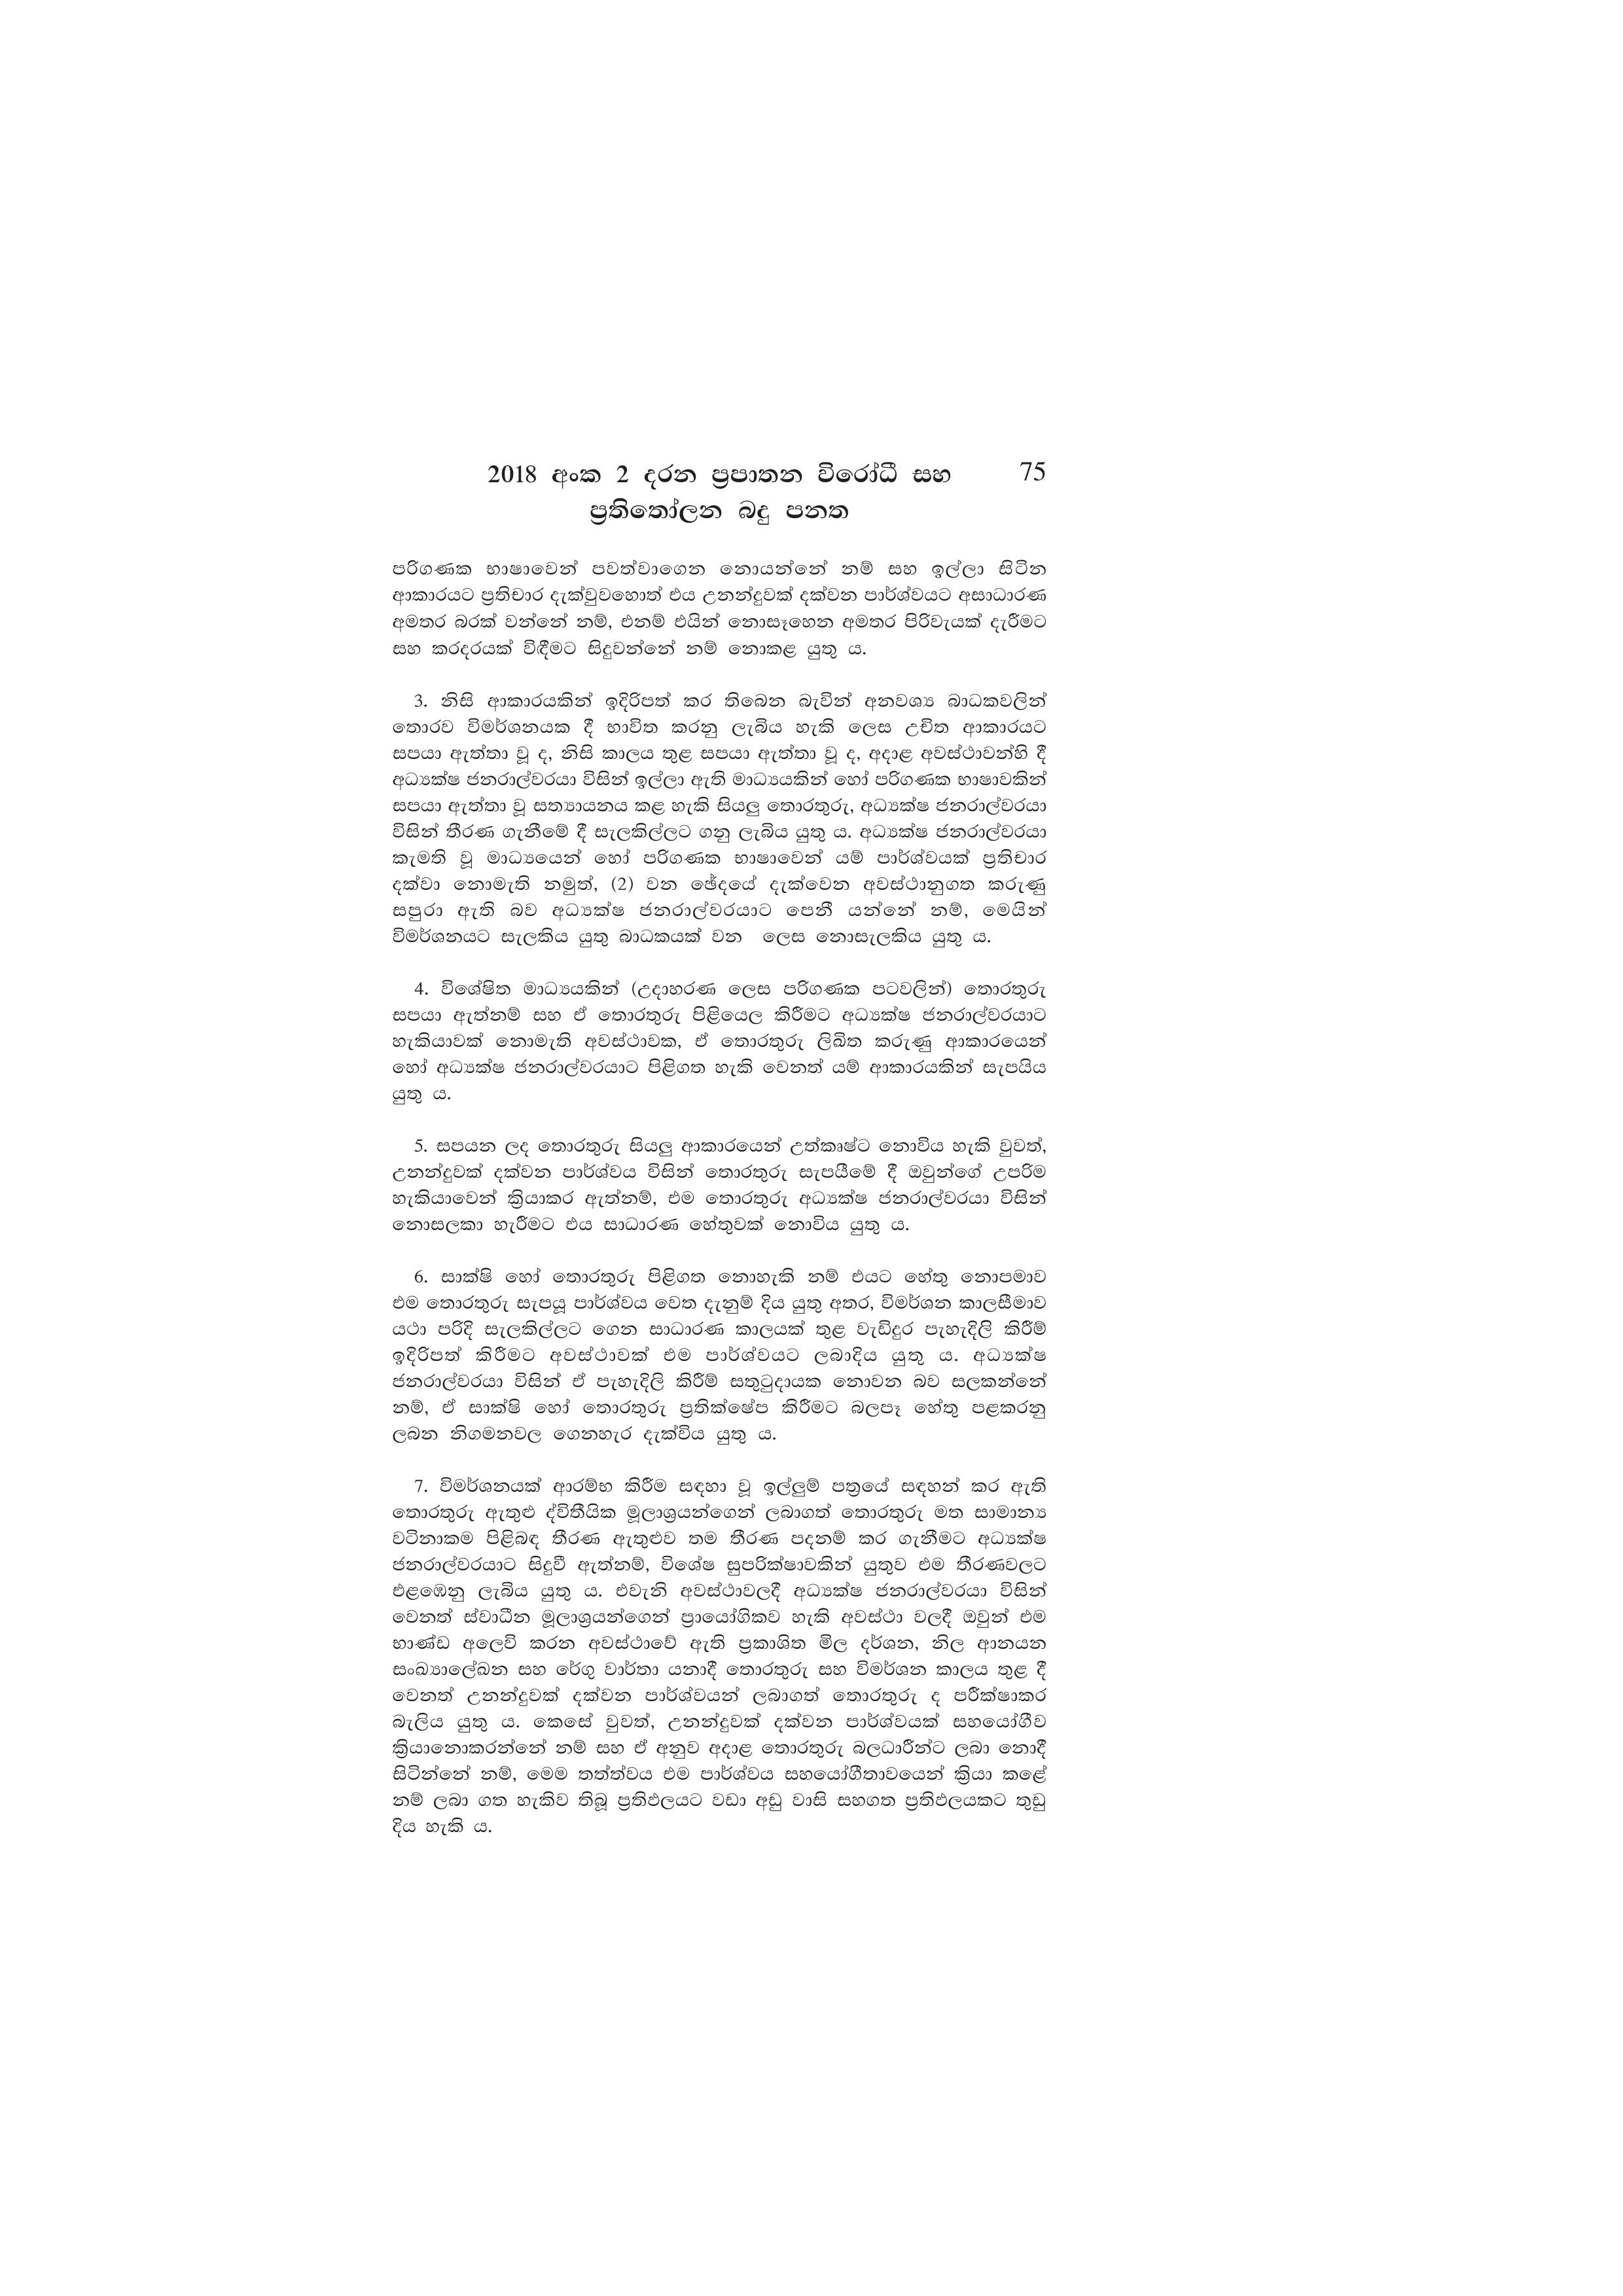
2018 අංක 2 දරන ප්‍රපාතන විරෝධී සහ 75
ප්‍රතිතෝලන බදු පනත

පරිගණක භාෂාවෙන් පවත්වාගෙන නොයන්නේ නම් සහ ඉල්ලා සිටින
ආකාරයට ප්‍රතිචාර දැක්වුවහොත් එය උනන්දුවක් දක්වන පාර්ශ්වයට අසාධාරණ
අමතර බරක් වන්නේ නම්, එනම් එයින් නොසෑහෙන අමතර පිරිවැයක් දැරීමට
සහ කරදරයක් විඳීමට සිදුවන්නේ නම් නොකළ යුතු ය.

3. නිසි ආකාරයකින් ඉදිරිපත් කර තිබෙන බැවින් අනවශ්‍ය බාධකවලින්
තොරව විමර්ශනයක දී භාවිත කරනු ලැබිය හැකි ලෙස උචිත ආකාරයට
සපයා ඇත්තා වූ ද, නිසි කාලය තුළ සපයා ඇත්තා වූ ද, අදාළ අවස්ථාවන්හි දී
අධ්‍යක්ෂ ජනරාල්වරයා විසින් ඉල්ලා ඇති මාධ්‍යයකින් හෝ පරිගණක භාෂාවකින්
සපයා ඇත්තා වූ සත්‍යායනය කළ හැකි සියලු තොරතුරු, අධ්‍යක්ෂ ජනරාල්වරයා
විසින් තීරණ ගැනීමේ දී සැලකිල්ලට ගනු ලැබිය යුතු ය. අධ්‍යක්ෂ ජනරාල්වරයා
කැමති වූ මාධ්‍යයෙන් හෝ පරිගණක භාෂාවෙන් යම් පාර්ශ්වයක් ප්‍රතිචාර
දක්වා නොමැති නමුත්, (2) වන ඡේදයේ දැක්වෙන අවස්ථානුගත කරුණු
සපුරා ඇති බව අධ්‍යක්ෂ ජනරාල්වරයාට පෙනී යන්නේ නම්, මෙයින්
විමර්ශනයට සැලකිය යුතු බාධකයක් වන ලෙස නොසැලකිය යුතු ය.

4. විශේෂිත මාධ්‍යයකින් (උදාහරණ ලෙස පරිගණක පටවලින්) තොරතුරු
සපයා ඇත්නම් සහ ඒ තොරතුරු පිළියෙල කිරීමට අධ්‍යක්ෂ ජනරාල්වරයාට
හැකියාවක් නොමැති අවස්ථාවක, ඒ තොරතුරු ලිඛිත කරුණු ආකාරයෙන්
හෝ අධ්‍යක්ෂ ජනරාල්වරයාට පිළිගත හැකි වෙනත් යම් ආකාරයකින් සැපයිය
යුතු ය.

5. සපයන ලද තොරතුරු සියලු ආකාරයෙන් උත්කෘෂ්ට නොවිය හැකි වුවත්,
උනන්දුවක් දක්වන පාර්ශ්වය විසින් තොරතුරු සැපයීමේ දී ඔවුන්ගේ උපරිම
හැකියාවෙන් ක්‍රියාකර ඇත්නම්, එම තොරතුරු අධ්‍යක්ෂ ජනරාල්වරයා විසින්
නොසලකා හැරීමට එය සාධාරණ හේතුවක් නොවිය යුතු ය.

6. සාක්ෂි හෝ තොරතුරු පිළිගත නොහැකි නම් එයට හේතු නොපමාව
එම තොරතුරු සැපයූ පාර්ශ්වය වෙත දැනුම් දිය යුතු අතර, විමර්ශන කාලසීමාව
යථා පරිදි සැලකිල්ලට ගෙන සාධාරණ කාලයක් තුළ වැඩිදුර පැහැදිලි කිරීම්
ඉදිරිපත් කිරීමට අවස්ථාවක් එම පාර්ශ්වයට ලබාදිය යුතු ය. අධ්‍යක්ෂ
ජනරාල්වරයා විසින් ඒ පැහැදිලි කිරීම් සතුටුදායක නොවන බව සලකන්නේ
නම්, ඒ සාක්ෂි හෝ තොරතුරු ප්‍රතික්ෂේප කිරීමට බලපෑ හේතු පළකරනු
ලබන නිගමනවල ගෙනහැර දැක්විය යුතු ය.

7. විමර්ශනයක් ආරම්භ කිරීම සඳහා වූ ඉල්ලුම් පත්‍රයේ සඳහන් කර ඇති
තොරතුරු ඇතුළු ද්විතීයික මූලාශ්‍රයන්ගෙන් ලබාගත් තොරතුරු මත සාමාන්‍ය
වටිනාකම පිළිබඳ තීරණ ඇතුළුව තම තීරණ පදනම් කර ගැනීමට අධ්‍යක්ෂ
ජනරාල්වරයාට සිදුවී ඇත්නම්, විශේෂ සුපරික්ෂාවකින් යුතුව එම තීරණවලට
එළඹෙනු ලැබිය යුතු ය. එවැනි අවස්ථාවලදී අධ්‍යක්ෂ ජනරාල්වරයා විසින්
වෙනත් ස්වාධීන මූලාශ්‍රයන්ගෙන් ප්‍රායෝගිකව හැකි අවස්ථා වලදී ඔවුන් එම
භාණ්ඩ අලෙවි කරන අවස්ථාවේ ඇති ප්‍රකාශිත මිල දර්ශන, නිල ආනයන
සංඛ්‍යාලේඛන සහ රේගු වාර්තා යනාදී තොරතුරු සහ විමර්ශන කාලය තුළ දී
වෙනත් උනන්දුවක් දක්වන පාර්ශ්වයන් ලබාගත් තොරතුරු ද පරීක්ෂාකර
බැලිය යුතු ය. කෙසේ වුවත්, උනන්දුවක් දක්වන පාර්ශ්වයක් සහයෝගීව
ක්‍රියානොකරන්නේ නම් සහ ඒ අනුව අදාළ තොරතුරු බලධාරීන්ට ලබා නොදී
සිටින්නේ නම්, මෙම තත්ත්වය එම පාර්ශ්වය සහයෝගීතාවයෙන් ක්‍රියා කළේ
නම් ලබා ගත හැකිව තිබූ ප්‍රතිඵලයට වඩා අඩු වාසි සහගත ප්‍රතිඵලයකට තුඩු
දිය හැකි ය.